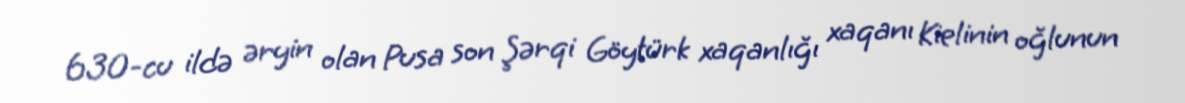
630-cu ildə əryin olan Pusa son Şərqi Göytürk xaqanlığı xaqanı Kielinin oğlunun